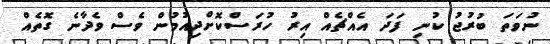
ނުވަތަ ބުރުޖު ކުނި ފަދަ އެއްޗެއް އިރު ހުރަސްކޮށްދިއުމުން ވެސް ވެދާނެ ގޮތެއް